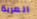
العربة